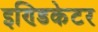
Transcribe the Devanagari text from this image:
इण्डिकेटर